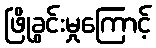
ဖြိုခွင်းမှုကြောင့်